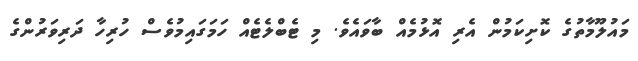
މައުލޫމާތުގެ ކޮށިކަމުން އެރި އޮޅުމެއް ބާވައެވެ. މި ޓެބްލެޓެއް ހަމަގައިމުވެސް ހުރިހާ ދަރިވަރުންގެ